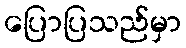
ပြောပြသည်မှာ